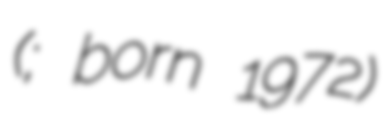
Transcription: (; born 1972)